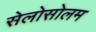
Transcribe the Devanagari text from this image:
सेलोसोलम